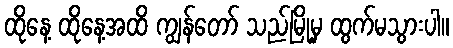
ထိုနေ့ ထိုနေ့အထိ ကျွန်တော် သည်မြို့မှ ထွက်မသွားပါ။